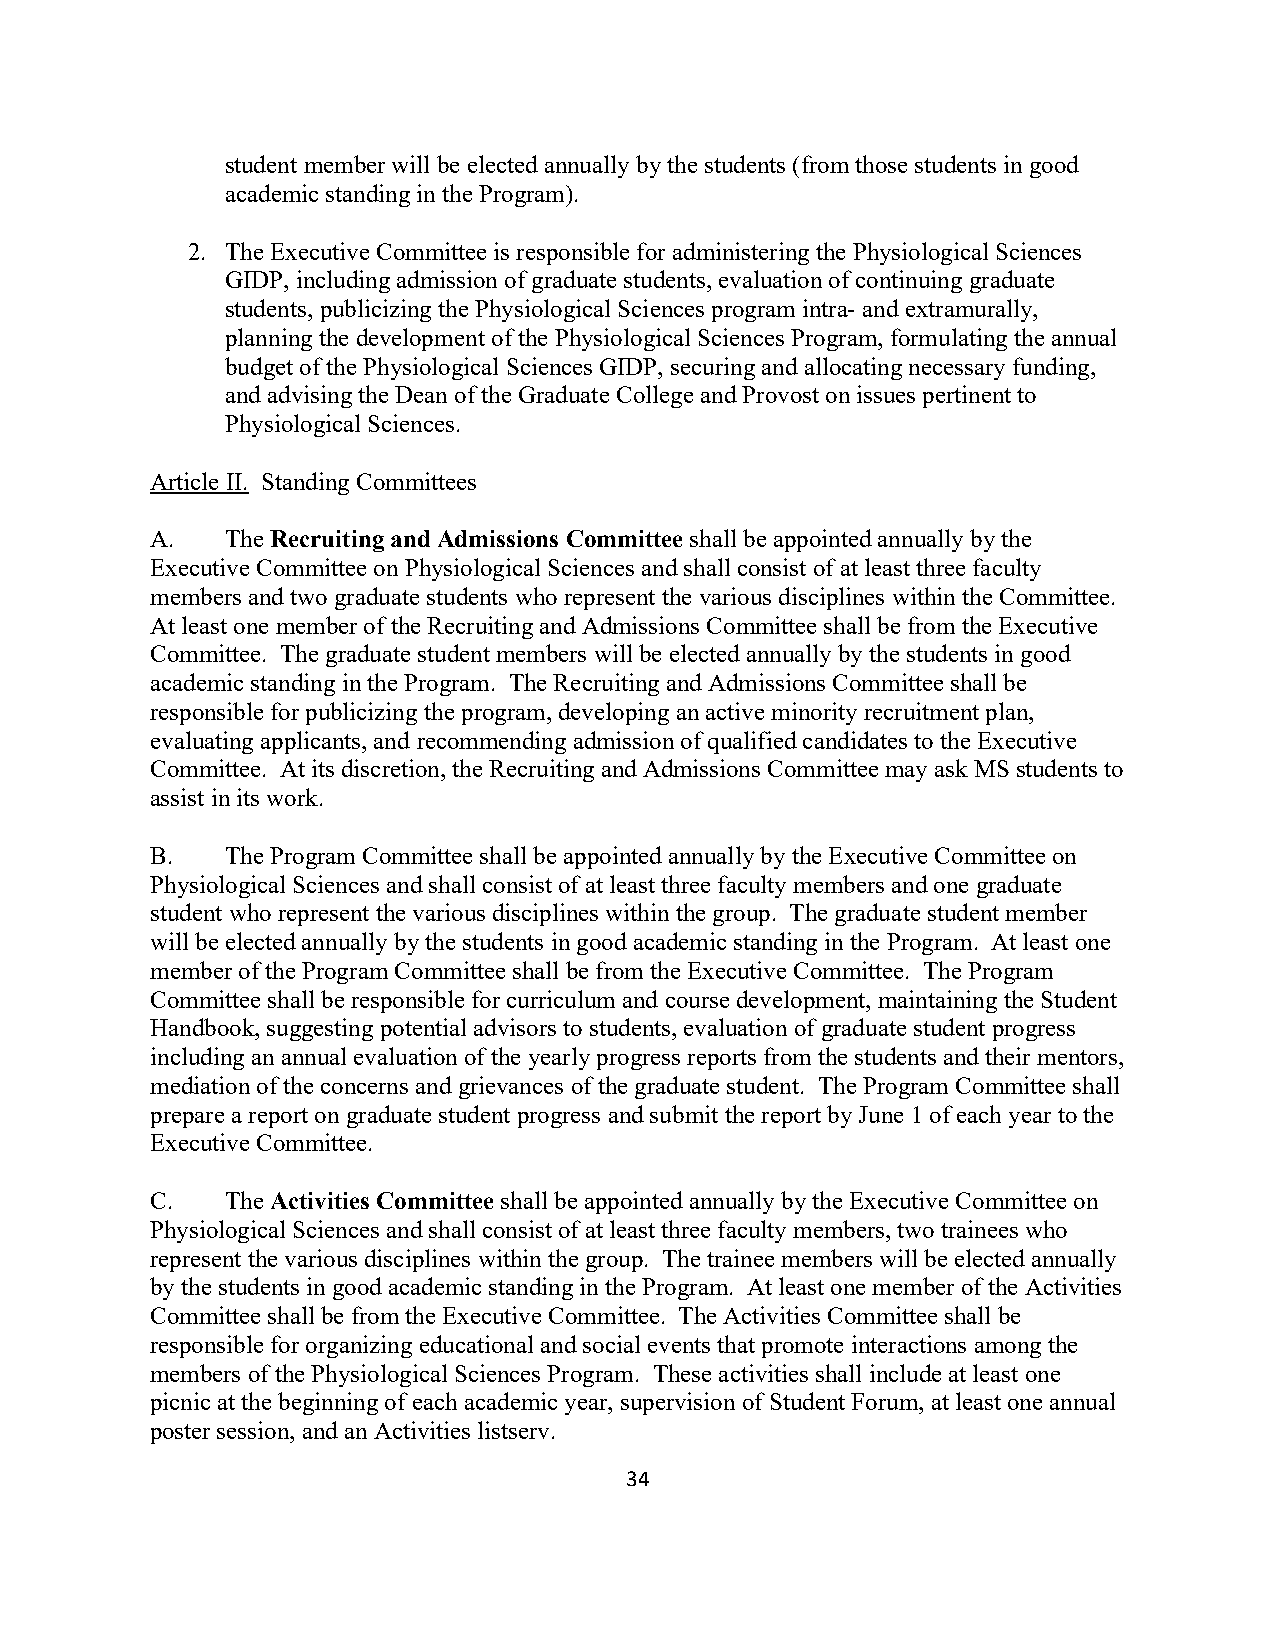
student member will be elected annually by the students (from those students in good
 academic standing in the Program).
 2. The Executive Committee is responsible for administering the Physiological Sciences
 GIDP, including admission of graduate students, evaluation of continuing graduate
 students, publicizing the Physiological Sciences program intra- and extramurally,
 planning the development of the Physiological Sciences Program, formulating the annual
 budget of the Physiological Sciences GIDP, securing and allocating necessary funding,
 and advising the Dean of the Graduate College and Provost on issues pertinent to
 Physiological Sciences.
 Article II. Standing Committees
 A.   The Recruiting and Admissions Committee shall be appointed annually by the
 Executive Committee on Physiological Sciences and shall consist of at least three faculty
 members and two graduate students who represent the various disciplines within the Committee.
 At least one member of the Recruiting and Admissions Committee shall be from the Executive
 Committee. The graduate student members will be elected annually by the students in good
 academic standing in the Program. The Recruiting and Admissions Committee shall be
 responsible for publicizing the program, developing an active minority recruitment plan,
 evaluating applicants, and recommending admission of qualified candidates to the Executive
 Committee. At its discretion, the Recruiting and Admissions Committee may ask MS students to
 assist in its work.
 B.   The Program Committee shall be appointed annually by the Executive Committee on
 Physiological Sciences and shall consist of at least three faculty members and one graduate
 student who represent the various disciplines within the group. The graduate student member
 will be elected annually by the students in good academic standing in the Program. At least one
 member of the Program Committee shall be from the Executive Committee. The Program
 Committee shall be responsible for curriculum and course development, maintaining the Student
 Handbook, suggesting potential advisors to students, evaluation of graduate student progress
 including an annual evaluation of the yearly progress reports from the students and their mentors,
 mediation of the concerns and grievances of the graduate student. The Program Committee shall
 prepare a report on graduate student progress and submit the report by June 1 of each year to the
 Executive Committee.
 C.   The Activities Committee shall be appointed annually by the Executive Committee on
 Physiological Sciences and shall consist of at least three faculty members, two trainees who
 represent the various disciplines within the group. The trainee members will be elected annually
 by the students in good academic standing in the Program. At least one member of the Activities
 Committee shall be from the Executive Committee. The Activities Committee shall be
 responsible for organizing educational and social events that promote interactions among the
 members of the Physiological Sciences Program. These activities shall include at least one
 picnic at the beginning of each academic year, supervision of Student Forum, at least one annual
 poster session, and an Activities listserv.
 34